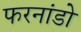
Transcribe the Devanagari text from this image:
फरनांडो